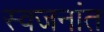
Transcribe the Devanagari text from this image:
स्वजनांत